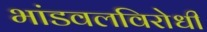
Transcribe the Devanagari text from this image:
भांडवलविरोधी